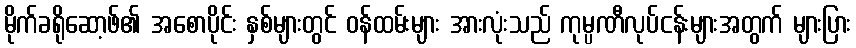
မိုက်ခရိုဆော့ဖ်၏ အစောပိုင်း နှစ်များတွင် ဝန်ထမ်းများ အားလုံးသည် ကုမ္ပဏီလုပ်ငန်းများအတွက် များပြား